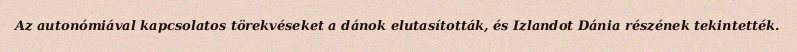
Az autonómiával kapcsolatos törekvéseket a dánok elutasították, és Izlandot Dánia részének tekintették.